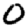
Digit: 0